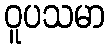
ဝူပသမာ